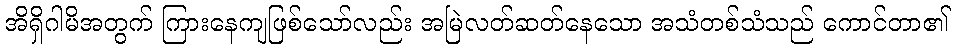
အိရှိဂါမိအတွက် ကြားနေကျဖြစ်သော်လည်း အမြဲလတ်ဆတ်နေသော အသံတစ်သံသည် ကောင်တာ၏